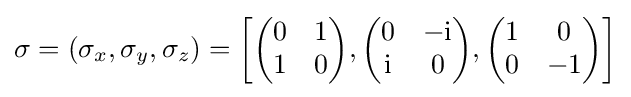
{\mathbf {\sigma } }=(\sigma _{x},\sigma _{y},\sigma _{z})=\left[{\begin{pmatrix}0&1\\1&0\end{pmatrix}},{\begin{pmatrix}0&-{\rm {i}}\\{\rm {i}}&0\end{pmatrix}},{\begin{pmatrix}1&0\\0&-1\end{pmatrix}}\right]